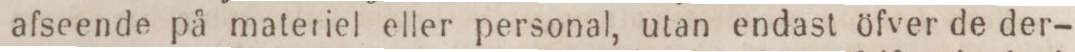
afseende på materiel eller personal, utan endast öfver de der-